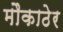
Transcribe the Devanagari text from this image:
मौकाठेर